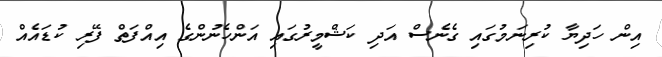
އިން ހަދިޔާ ކުރިނަމުގައި ގެނެސް އަދި ކަޝްމީރުގައި އަންހެނުންގެ އިއްފަތް ފޭރި ކުޑައެއް